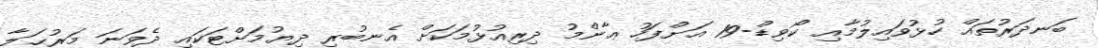
ބަނދަރުތައް ހުޅުވައިލުމާއި ކޯވިޑް-19 އަށްފަހު ޢާންމު ދިރިއުޅުމަކަށް އެނބުރި ދިޔުމަށްޓަކައި ދެވަނަ މަރުޙަލާ